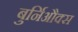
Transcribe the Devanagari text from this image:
बुर्निऔक्स